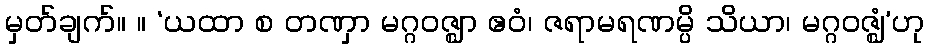
မှတ်ချက်။ ။ ‘ယထာ စ တဏှာ မဂ္ဂဝဇ္ဈာ ဧဝံ၊ ဇရာမရဏမ္ပိ သိယာ၊ မဂ္ဂဝဇ္ဈံ’ဟု